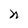
Character: n